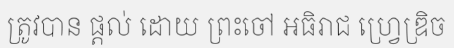
ត្រូវបាន ផ្តល់ ដោយ ព្រះចៅ អធិរាជ ហ្វ្រេឌ្រិច